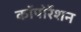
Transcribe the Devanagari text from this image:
काॅपोर्रेशन